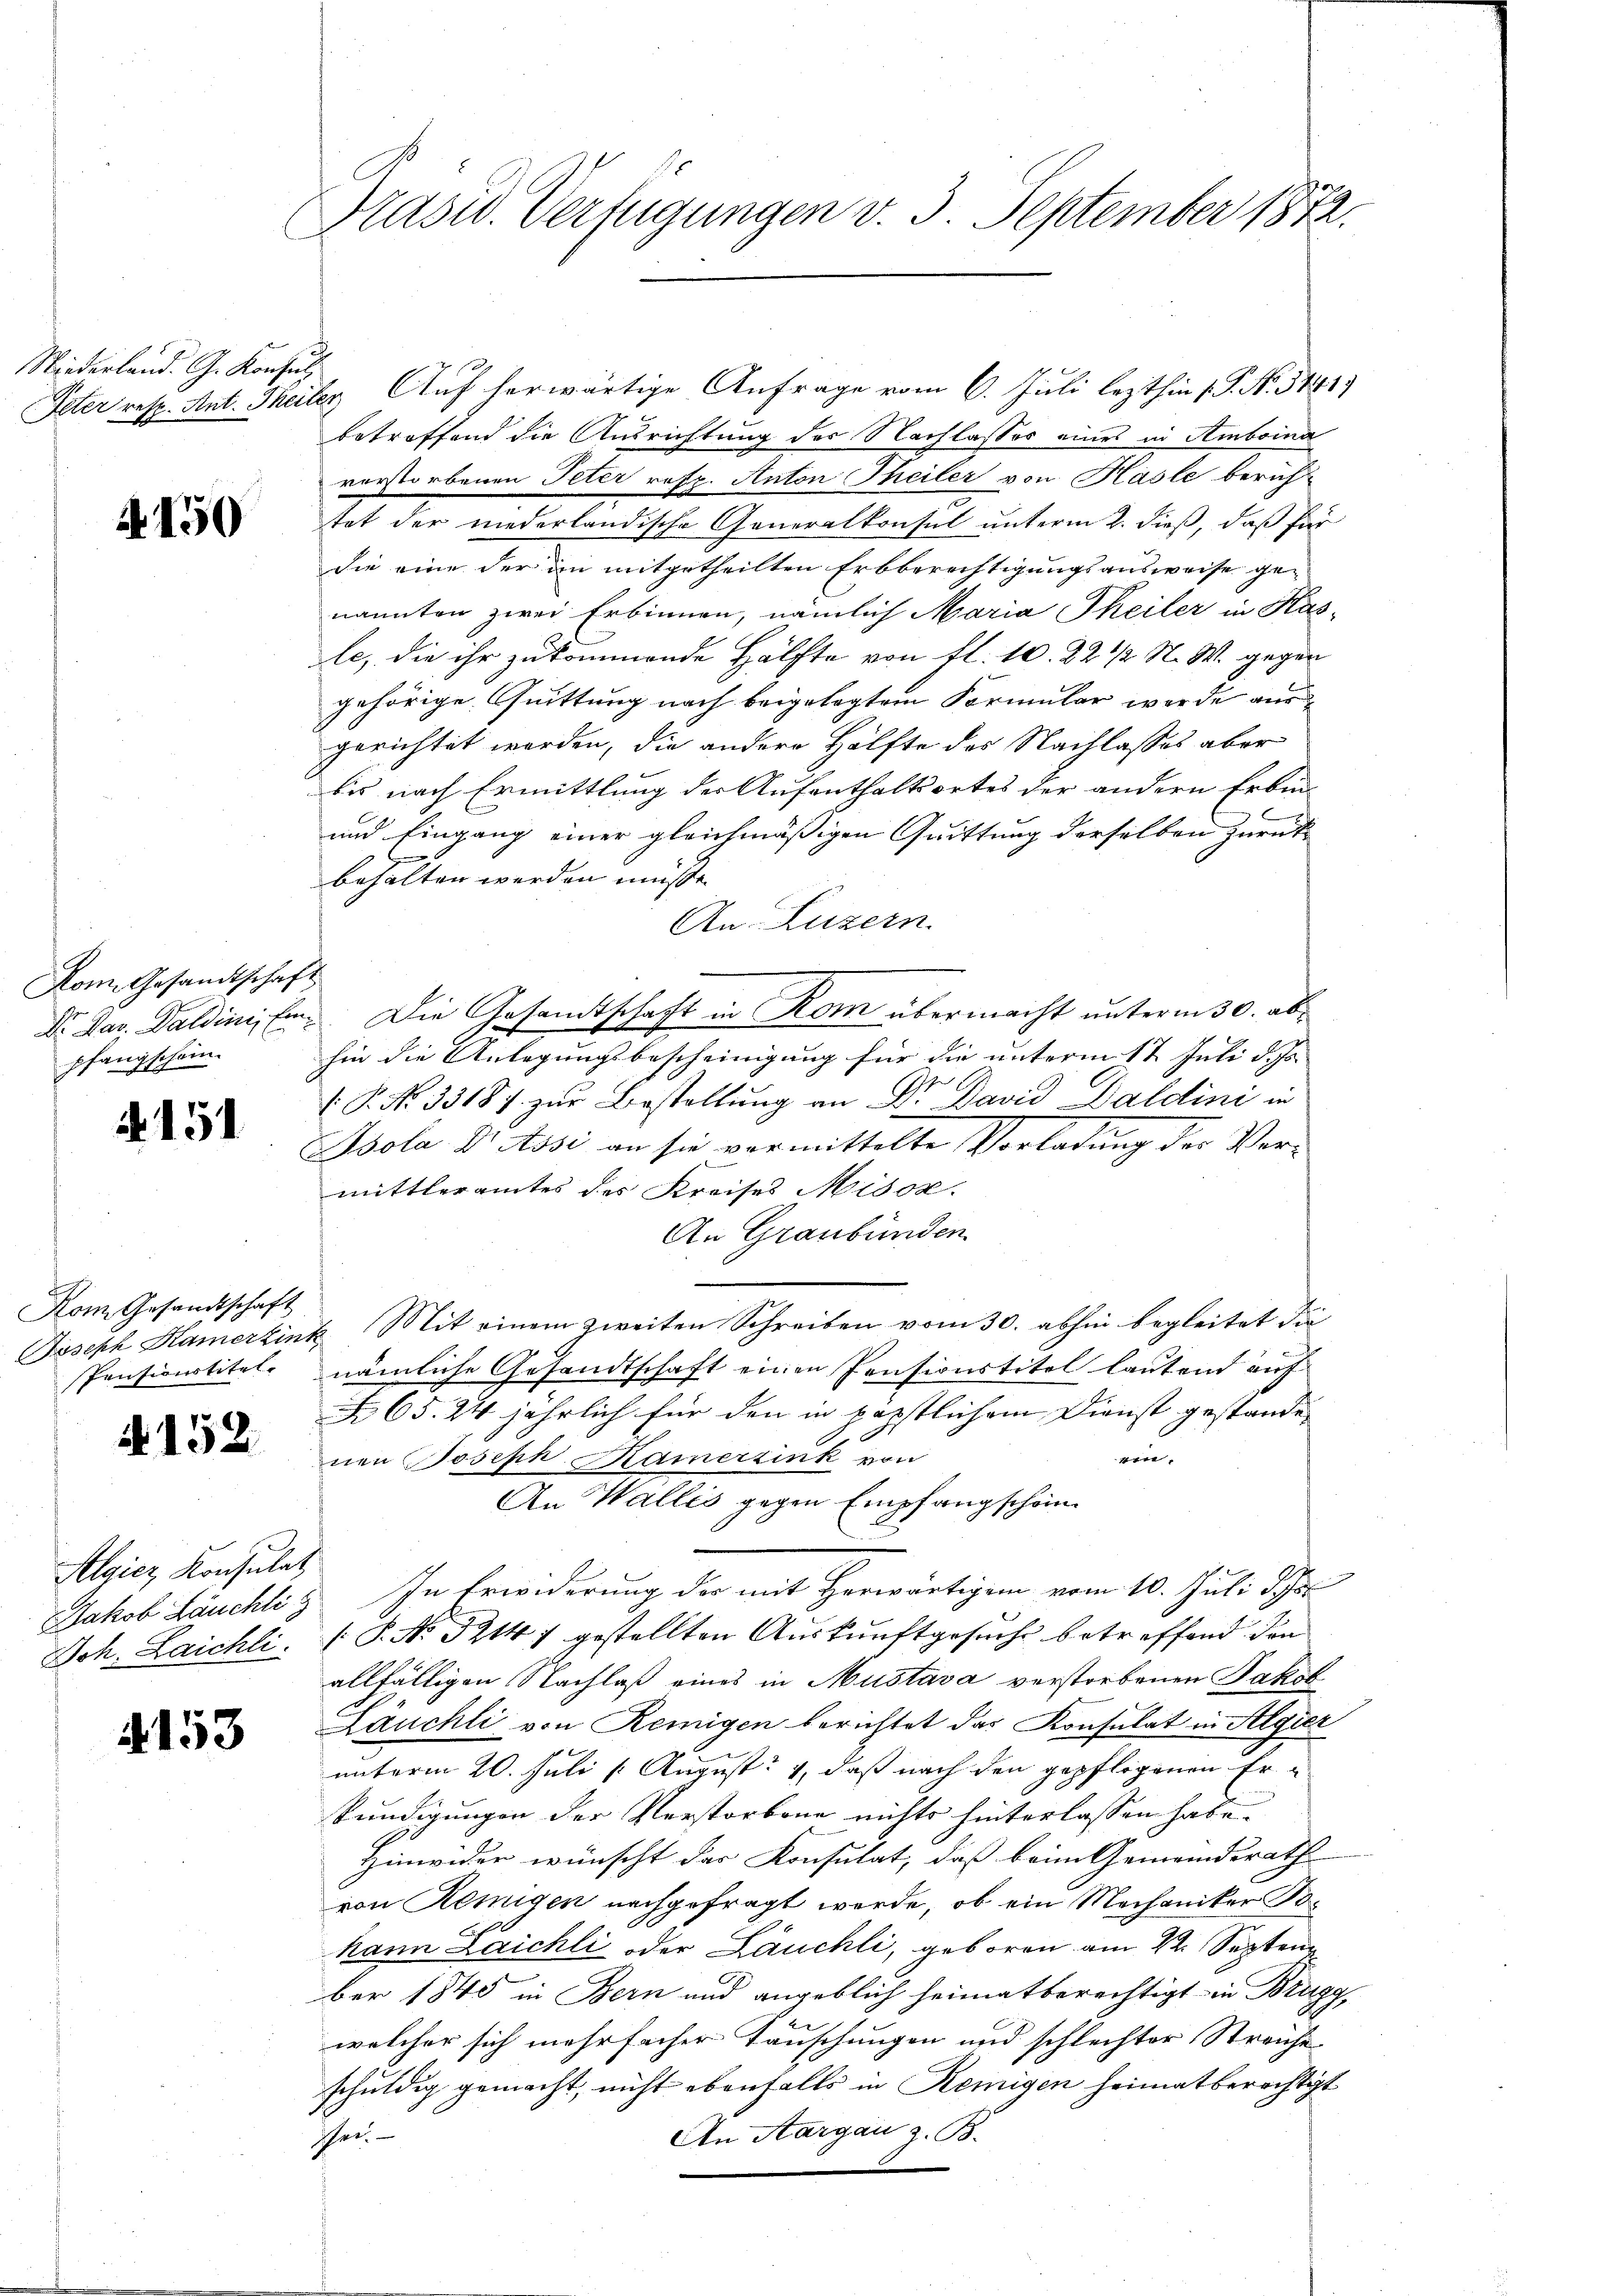
Niederland. G. Konsul

150

Kom. Gesandtschaft
pfangschein.

151

Kom Gesandtschaft
Pensionstitel.

4152

Algiez, Konsulat

4153

Präsid. Verfügungen v. 3. September 1872.

Peter resp. Ant. Theiler Auf herwärtige Anfrage vom 6. Juli lezthin (P. Nr. 3141
betreffend die Ausrichtung der Nachlasses eines in Amboina
verstorbenen Peter resp. Anton Theiler von Hasle bericht-
tat der niederländische Generalkonsul unterm 2. dieß, daß für
die eine der in mitgetheilten Erbberechtigungsausweise genannten zwei Erbinnen, nämlich Maria Theiler in Kasle, die ihr zukommende Hälfte von fl. 10. 22 1/2 N. M. gegen
gehörige Quittung nach beigelegtem Formular werde ausgerichtet worden, die andere Hälfte des Nachlasses aber
bis nach Ermittlung der Aufenthaltsortes der andern Erbin¬
und Eingang einer gleichmäßigen Quittung derselben zurückbehalten werden müsse.
An Luzern.
Dr. Mar. Daldinisten. Die Gesandtschaft in Rom übermacht unterm 30. abhin die Anlegungsbescheinigung für die unterm 17 Juli d. Js.
 P. Nr. 33187 zur Bestellung an Dr. David Daldini in
Psola Dr. Assi an sie vormittelte Vorladung des Vermittleramtes des Kreises Misox.
An Graubünden
Joseph Kamerlink Mit einem zweiten Schreiben vom 30. abhin begleitet die
nämliche Gesandtschaft einen Pensionstitel lautend auf
65. 24 jährlich für den in päpstlichem Dienst gestande
ein.
nen Joseph Kamerzink von
An Wallis gegen Empfangschein
Jakob auchtig. In Erwederung der mit Herwärtigem vom 10. Juli d. h.
Joh. Laichli. P. No. 32147 gestellten Auskunftgesuche betreffend den
allfälligen Nachlaß eines in Mustava verstorbenen Jakob
Läuchli von Remigen berichtet das Konsulat in Algier
unterm 20. Juli 1. August 1, daß nach den gepflogenen Erkundigungen der Verstorbene nichts hinterlassen habe. |
Hinwider wünscht das Konsulat, daß beim Gemeindsrath
von Remigen nachgefragt werde, ob ein Mechaniker Bokann Laichli oder Läuchli, geboren am 22. Septem
ber 1845 in Bern und angeblich heimatberechtigt in Brugg
welcher sich mehrfacher Täuschungen und schlechter Streiche
schuldig gemacht, nicht ebenfalls in Remigen heimatberechtigt
An Aargau z. B.
ihee.